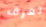
تعرف